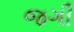
જગી